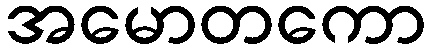
အမောတကော